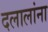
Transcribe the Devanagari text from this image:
दलालांना